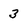
Character: 3